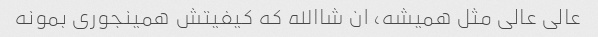
عالی عالی مثل همیشه، ان شاالله که کیفیتش همینجوری بمونه